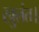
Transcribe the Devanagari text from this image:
खुलंत।